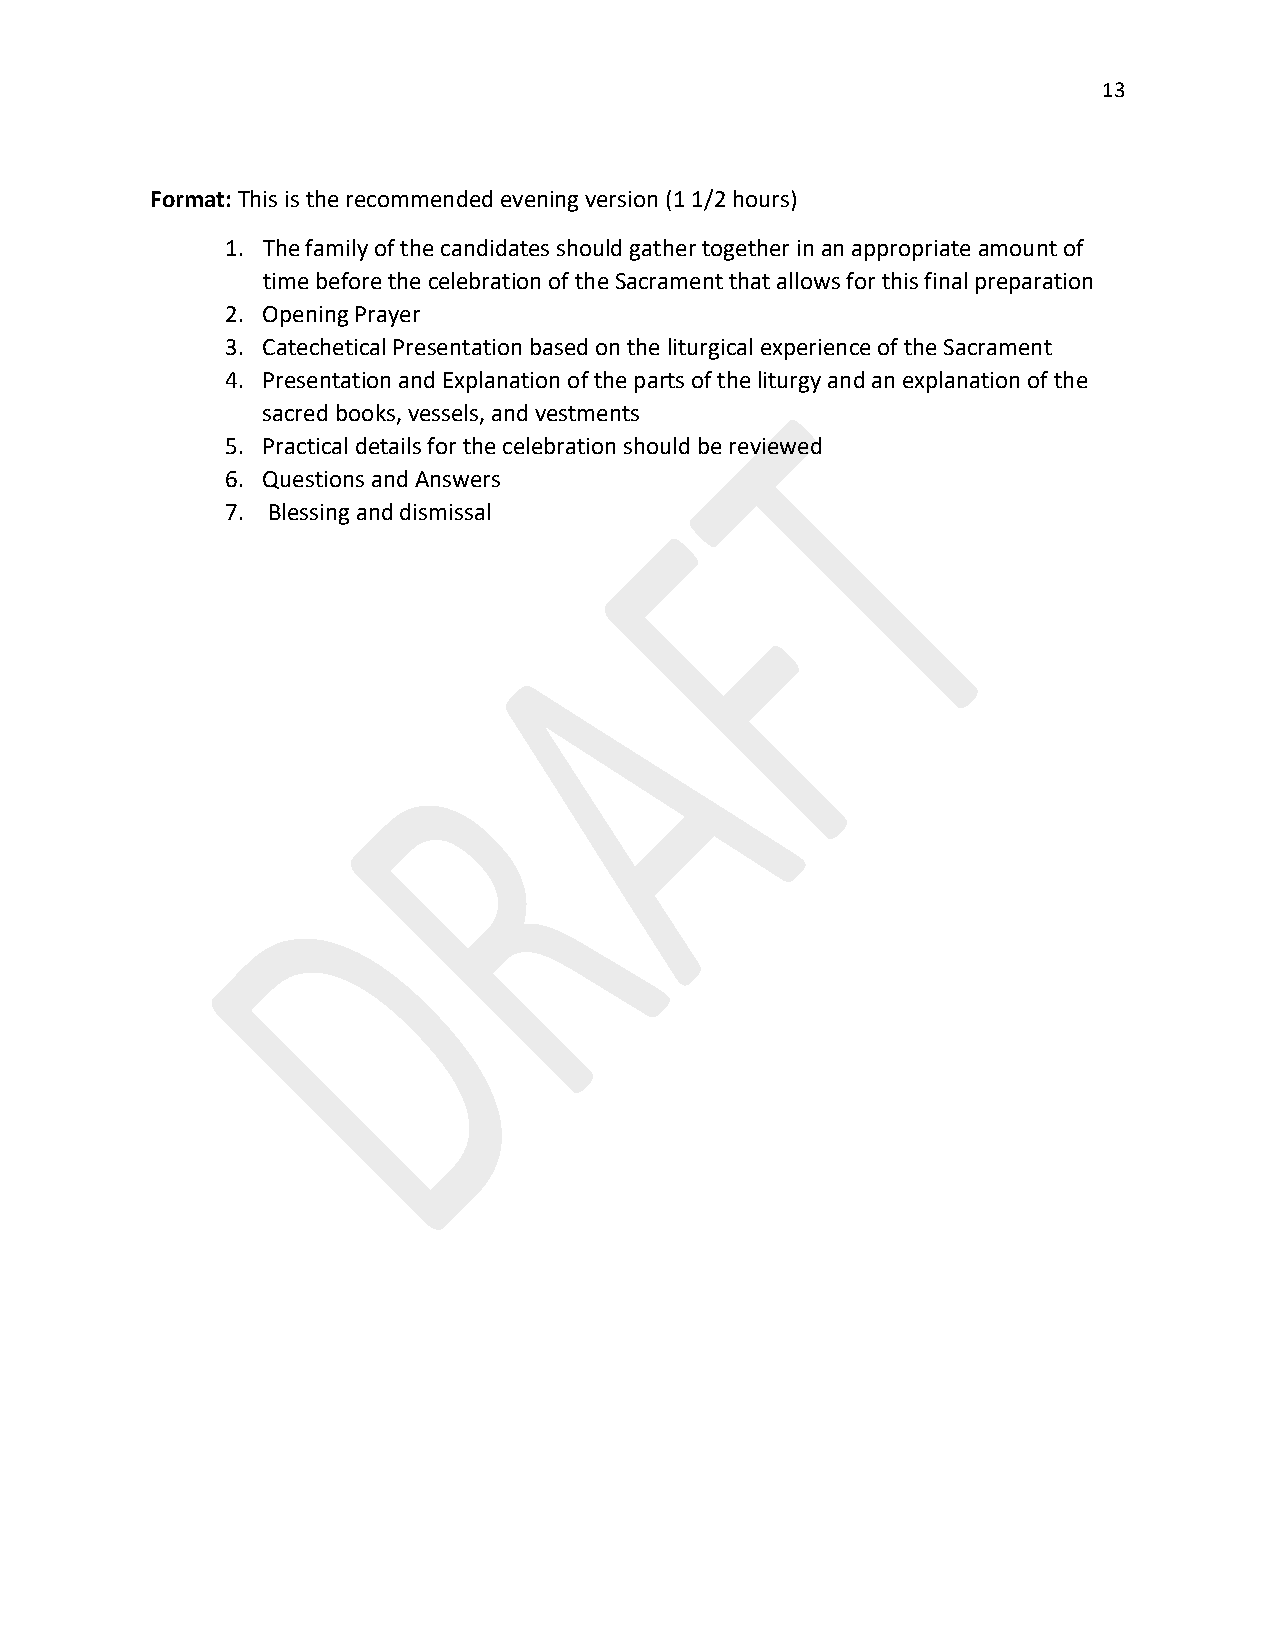
13
 Format: This is the recommended evening version (1 1/2 hours)
 1. The family of the candidates should gather together in an appropriate amount of
 time before the celebration of the Sacrament that allows for this final preparation
 2. Opening Prayer
 3. Catechetical Presentation based on the liturgical experience of the Sacrament
 4. Presentation and Explanation of the parts of the liturgy and an explanation of the
 sacred books, vessels, and vestments
 5. Practical details for the celebration should be reviewed
 6. Questions and Answers
 7. Blessing and dismissal